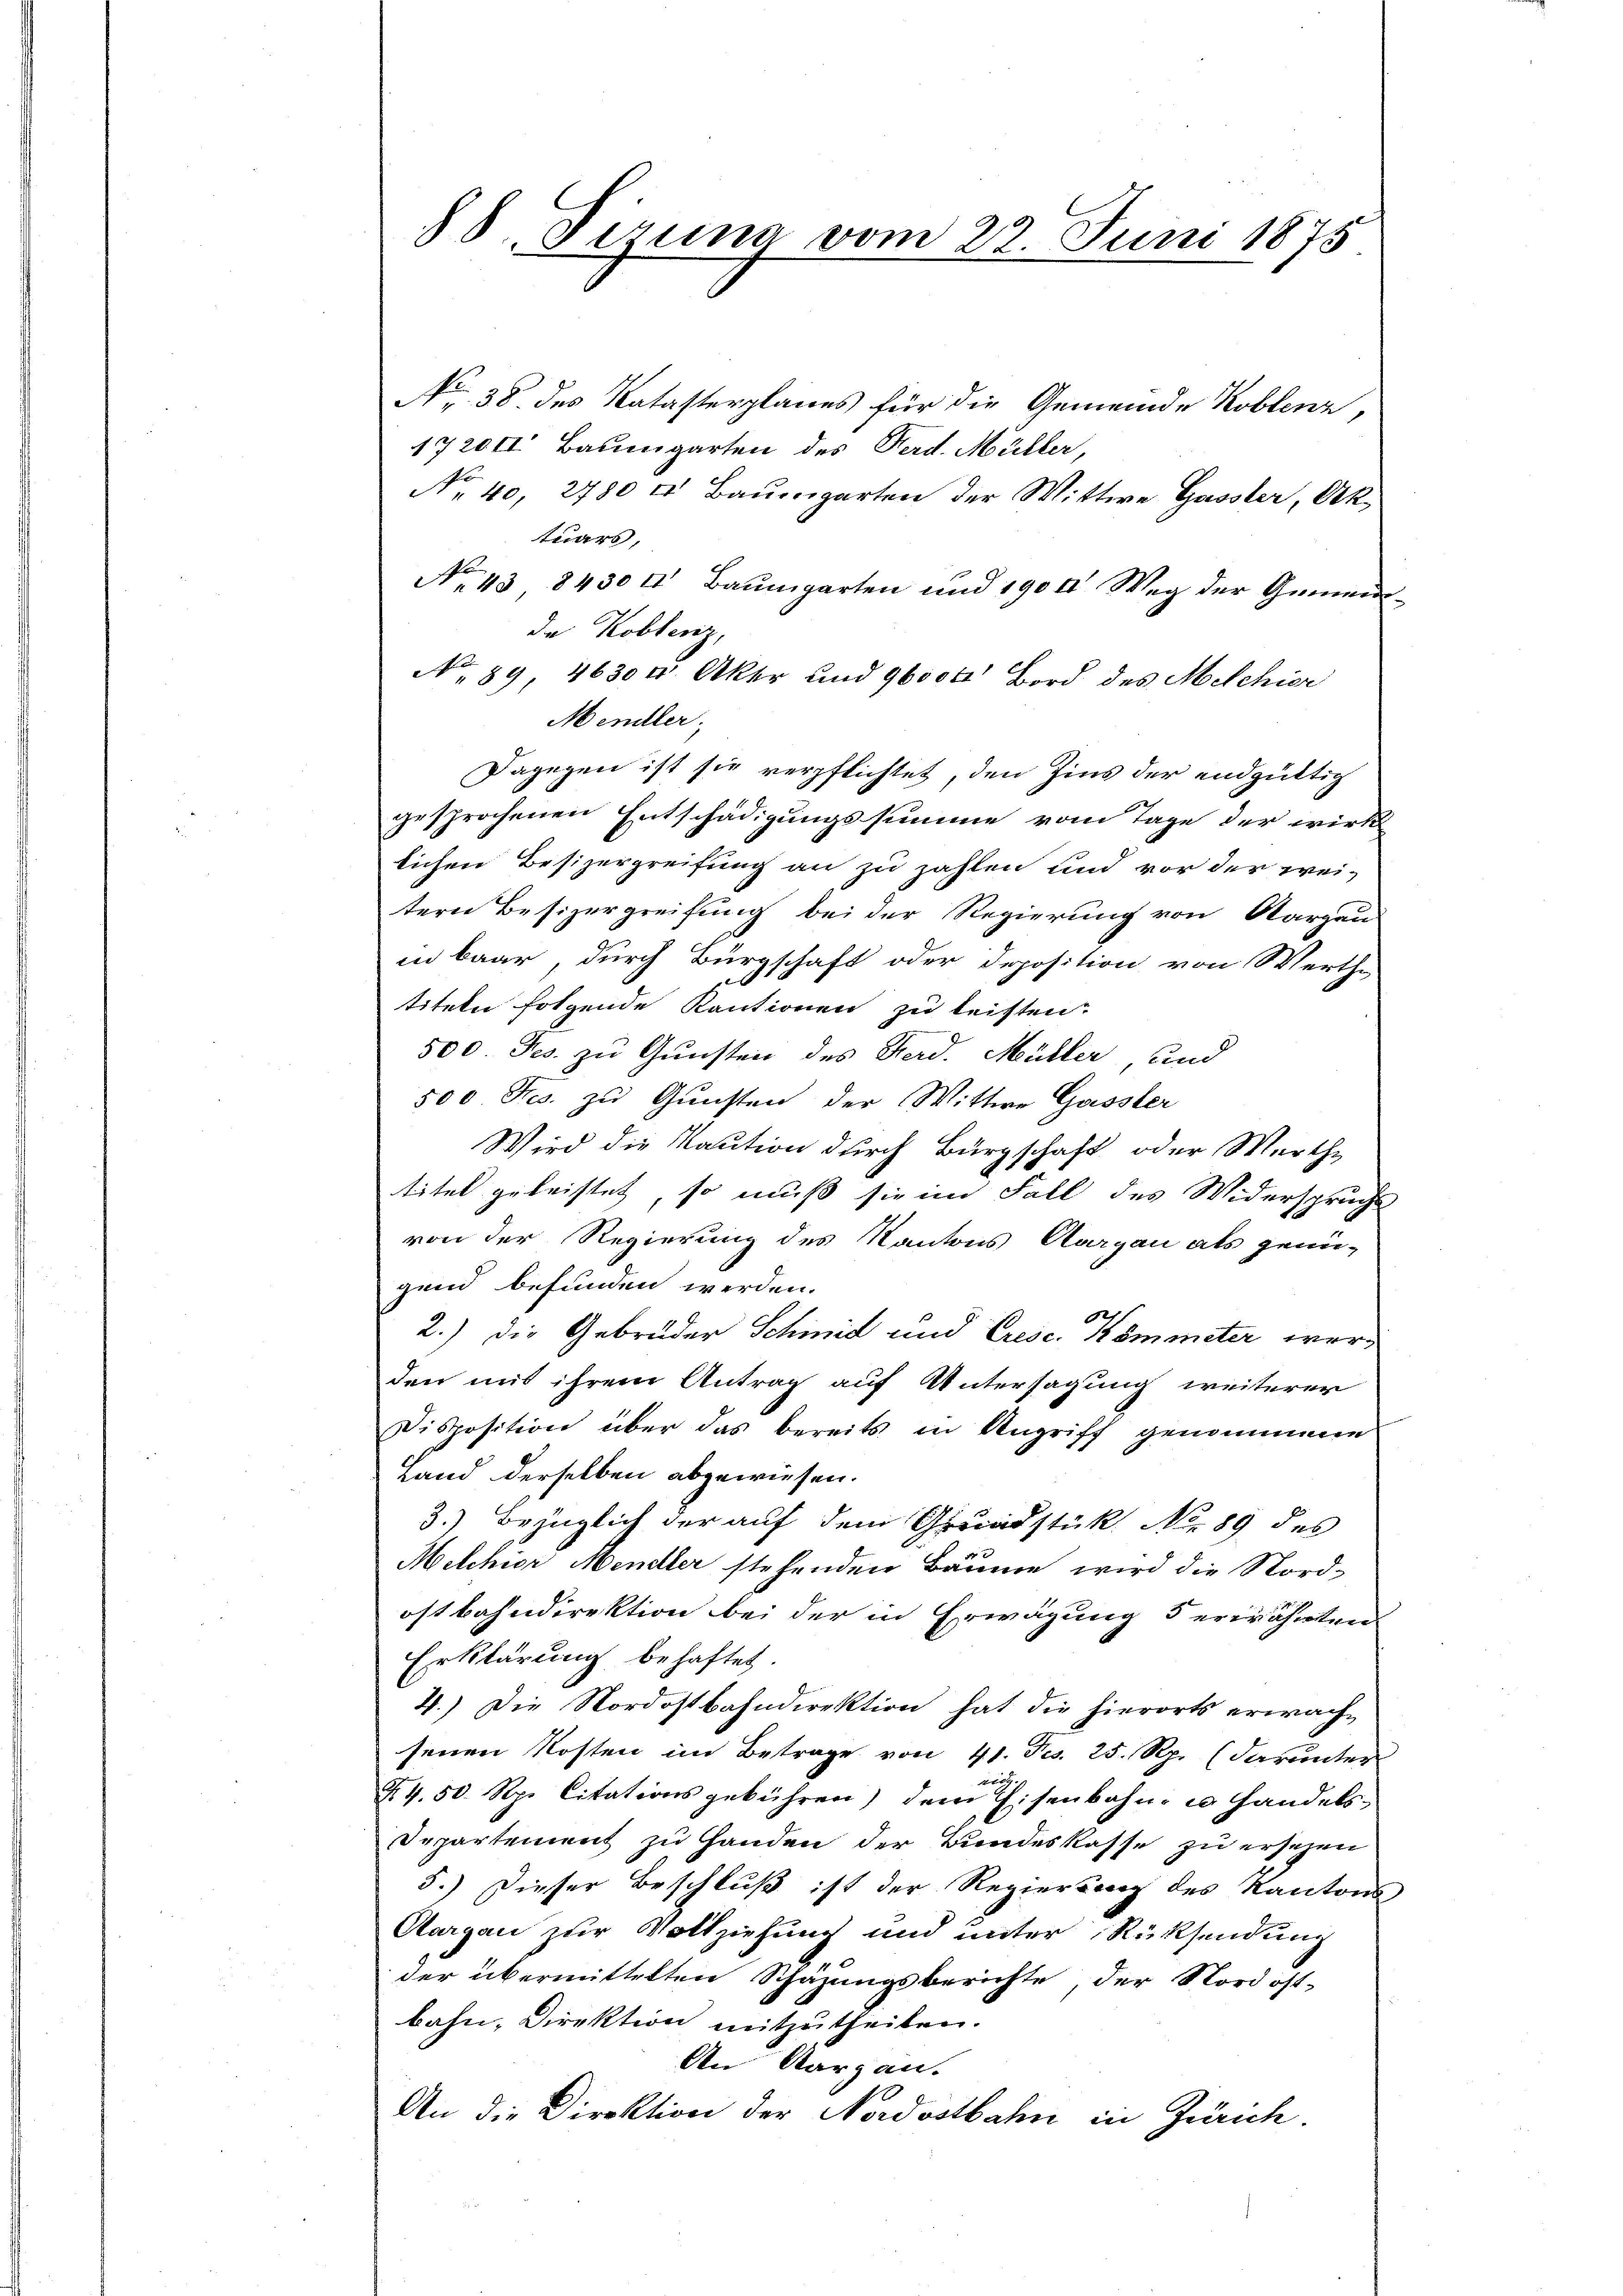
88 Serena vom 22. Juni 1875

No 38. des Katasterplanes für die Gemeinde Koblenz,
17200 Baumgarten des Herd. Müller,
No 40, 2780 u. Baŭmgarten der Wittwe Gassler, Ak
tuars,
No. 43 8430 u Baŭmgarten und 190 l Weg der Gemein-
de Koblenz,
No. 89. 4630 u. Aker und 96000 Bord des Melchior
Mendler,
Dagegen ist sie verpflichtet, den Zins der endgültig
gesprochenen Entschädigungssumme vom Tage der wirk
lichen Besizergreifung an zu zahlen und vor der weitern Besizergreifung bei der Regierung von Aargau
in baar, durch Bürgschaft oder Deposition von Werth-
titeln folgende Kautionen zu leisten.
500 Jes. zu Gunsten des Ferd. Müller, und
500 Fres. zu Gunsten der Wittwe Gasster
Wird die Kaution durch Bürgschaft oder Werthe
titel geleistet, so muß sie im Fall des Widerspruchs
von der Regierung des Kantons Aargau als genü-
gend befunden werden.
h
2.) Die Gebrüder Schmid und Cresc. Kömmeter werden mit ihrem Antrag auf Untersagung weiterer
Disposition über das bereits in Angriff genommene
Land derselben abgewiesen.
3.) Bezüglich der auf dem Grundstück No. 89 des
Melchior Mendler stehenden Bäume wird die Nordostbahndirektion bei der in Erwägung 5 erwähnten
Erklärung behaftet.
4.) Die Nordostbahndirektion hat die hierorts erwach-
senen Kosten im Betrage von 41. Fs. 25. Rp. (darunter
t
X 4.50 Rp. Citationsgebühren) dem Eisenbahn u. handels-
Departement zu Handen der Bundeskasse zu ersehen
5.) Dieser Beschluß ist der Regierung des Kantons-
Aargau zur Vollziehung und unter Rücksendung
der übermittelten Schäzungsberichte, der Nordostbahn, Direktion mitzutheilen.
Aen Aargau.
An die Direktion der Nordostbahn in Zürich